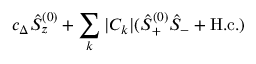
c _ { \Delta } \hat { S } _ { z } ^ { ( 0 ) } + \sum _ { k } | C _ { k } | ( \hat { S } _ { + } ^ { ( 0 ) } \hat { S } _ { - } + \mathrm { H . c . } )